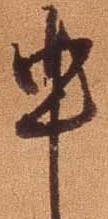
申